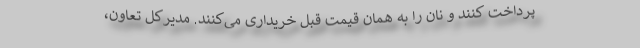
پرداخت کنند و نان را به همان قیمت قبل خریداری می‌کنند. مدیرکل تعاون،‌